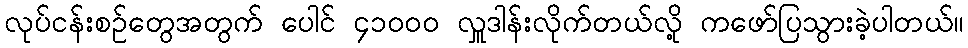
လုပ်ငန်းစဉ်တွေအတွက် ပေါင် ၄၁၀၀၀ လှူဒါန်းလိုက်တယ်လို့ ကဖော်ပြသွားခဲ့ပါတယ်။